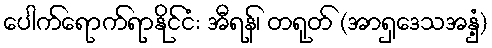
ပေါက်ရောက်ရာနိုင်ငံ: အီရန်၊ တရုတ် (အာရှဒေသအနှံ့)